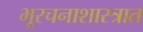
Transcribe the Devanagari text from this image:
भूरचनाशास्त्रात